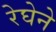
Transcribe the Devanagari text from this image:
रेघेने